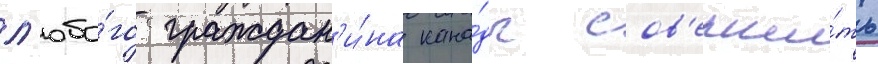
л'юбо́го граждан'и́на кана́ды сов'ерши́ть